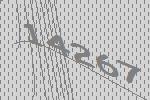
14267